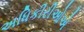
અધિકીરીઓએ